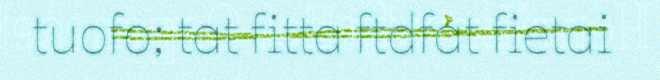
tuofo; tat fitta ftdfat fietai